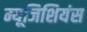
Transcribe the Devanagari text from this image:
म्यूजिशियंस